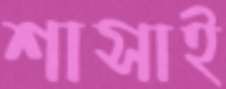
শাসাই